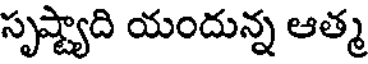
సృష్ట్యాది యందున్న ఆత్మ